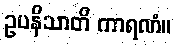
ဥပနိသာတိ ကာရဏံ။